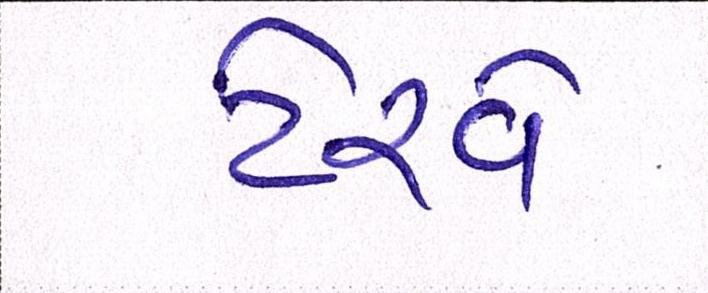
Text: ટેરવે